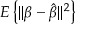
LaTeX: E \left\{ \| { \boldsymbol { \beta } } - { \hat { \boldsymbol { \beta } } } \| ^ { 2 } \right\}